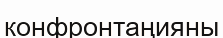
конфронтаңияны